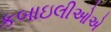
કબાઇલીઓએ